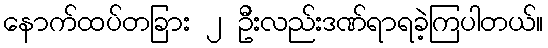
နောက်ထပ်တခြား ၂ ဦးလည်းဒဏ်ရာရခဲ့ကြပါတယ်။